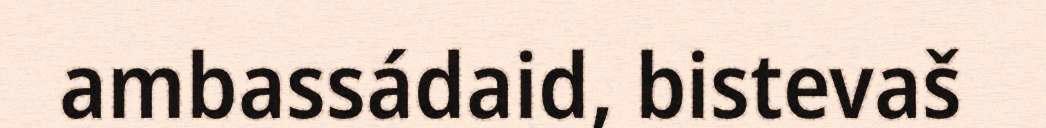
ambassádaid, bistevaš